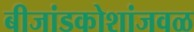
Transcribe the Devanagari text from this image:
बीजांडकोशांजवळ